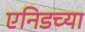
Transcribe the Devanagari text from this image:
एनिडच्या